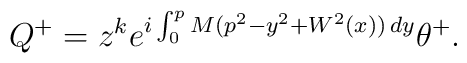
Q^+=z^ke^{i\int _0^pM(p^2-y^2+W^2(x))\,dy}\theta^+.